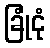
ခြုံငုံ